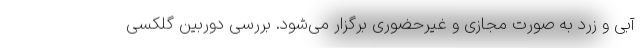
آبی و زرد به صورت مجازی و غیرحضوری برگزار می‌شود. بررسی دوربین گلکسی